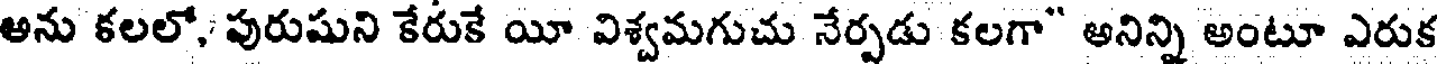
అను కలలో, పురుషుని కేరుకే యీ విశ్వమగుచు నేర్పడు కలగా" అనిన్ని అంటూ ఎరుక